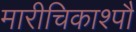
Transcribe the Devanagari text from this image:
मारीचिकाश्पौ